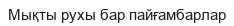
Мықты рухы бар пайғамбарлар